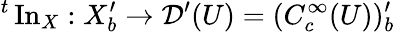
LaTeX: {}^{t}\operatorname{In}_{X}:X_{b}^{\prime}\to{\mathcal{D}}^{\prime}(U)=(C_{c}^{\infty}(U))_{b}^{\prime}